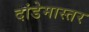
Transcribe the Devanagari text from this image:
दांडेमास्तर